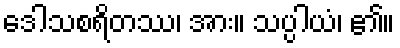
ဒေါသစရိတဿ၊ အား။ သပ္ပါယံ၊ ၏။